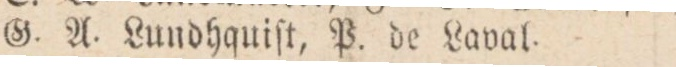
G. A. Lundhquiſt. P. de Laval.